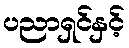
ပညာရှင်နှင့်